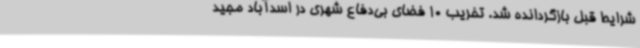
شرایط قبل بازگردانده شد. تخریب 10 فضای بی‌دفاع شهری در اسدآباد مجید